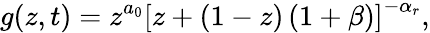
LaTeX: g(z,t)=z^{a_{0}}\left[z+(1-z)\left(1+\beta\right)\right]^{-\alpha_{r}},